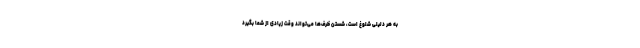
به هر دلیلی شلوغ است، شستن ظرف‌ها می‌تواند وقت زیادی از شما بگیرد